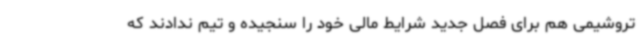
تروشیمی هم برای فصل جدید شرایط مالی خود را سنجیده و تیم ندادند که